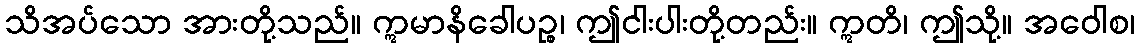
သိအပ်သော အားတို့သည်။ ဣမာနိခေါပဉ္စ၊ ဤငါးပါးတို့တည်း။ ဣတိ၊ ဤသို့။ အဝေါစ၊